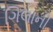
ગિલાની